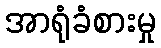
အာရုံခံစားမှု